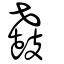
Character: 鼖